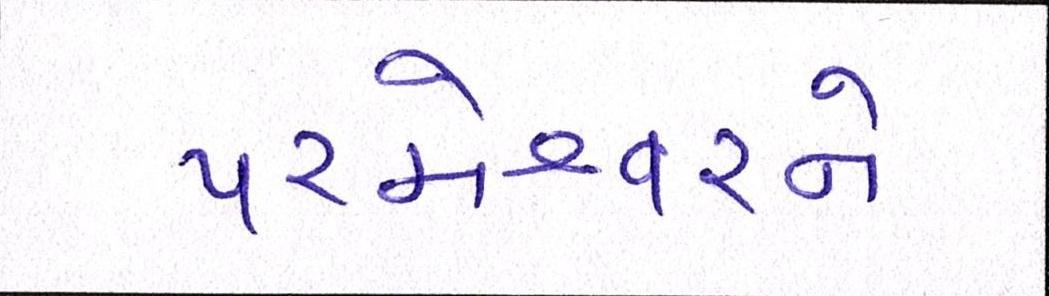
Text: પરમેશ્વરને